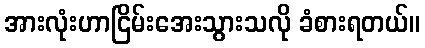
အားလုံးဟာငြိမ်းအေးသွားသလို ခံစားရတယ်။